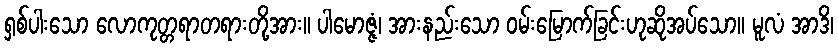
ရှစ်ပါးသော လောကုတ္တရာတရားတို့အား။ ပါမောဇ္ဇံ၊ အားနည်းသော ဝမ်းမြောက်ခြင်းဟုဆိုအပ်သော။ မူလံ အာဒိ၊